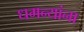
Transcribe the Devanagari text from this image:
धमन्यांना